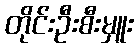
တိုင်းဦးစီးမှူး